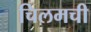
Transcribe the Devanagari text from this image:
चिलमची